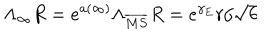
\Lambda _ { \infty } R = e ^ { a ( \infty ) } \Lambda _ { \overline { { { M S } } } } R = e ^ { \gamma _ { E } } r / \sqrt { 6 }